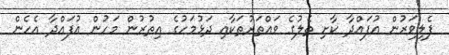
ފެލިވަރުން އުފައްދާ ކާށި ތެލުގެ ވައްތަރުތަކާއި ދަޅުމަހުގެ އިތުރުން މަހުން އުފައްދާ އެހެން